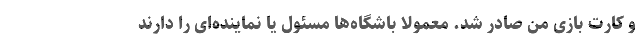
و کارت بازی من صادر شد. معمولا باشگاه‌ها مسئول یا نماینده‌ای را دارند